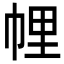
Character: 𢃇